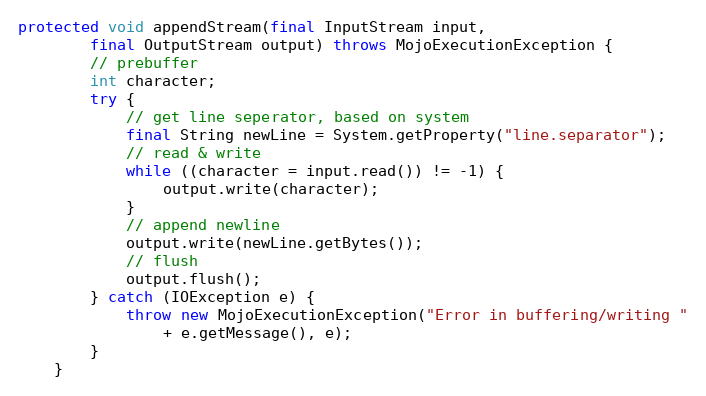
Language: Java
protected void appendStream(final InputStream input,
        final OutputStream output) throws MojoExecutionException {
        // prebuffer
        int character;
        try {
            // get line seperator, based on system
            final String newLine = System.getProperty("line.separator");
            // read & write
            while ((character = input.read()) != -1) {
                output.write(character);
            }
            // append newline
            output.write(newLine.getBytes());
            // flush
            output.flush();
        } catch (IOException e) {
            throw new MojoExecutionException("Error in buffering/writing "
                + e.getMessage(), e);
        }
    }